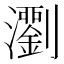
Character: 𤄉